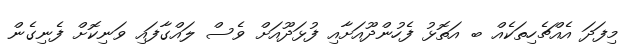
މިފަދަ އެއްޗެހިތަކެއް ބ އަތޮޅު ފެހުންދޫއަށާއި ފުޅަދޫއަށް ވެސް ލައްގާފައި ވަނިކޮށް ފެނިގެން